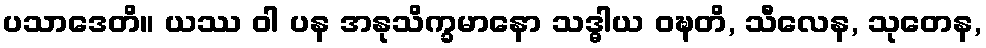
ပသာဒေတိ။ ယဿ ဝါ ပန အနုသိက္ခမာနော သဒ္ဓါယ ဝဍ္ဎတိ, သီလေန, သုတေန,